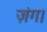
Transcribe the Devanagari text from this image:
ज़ंग।